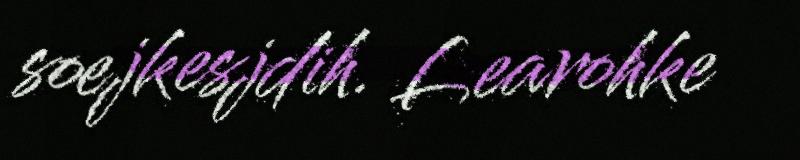
soejkesjdih. Learohke